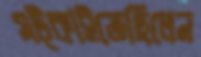
সট্‌কাইতেছিলেন